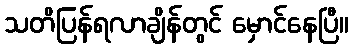
သတိပြန်ရလာချိန်တွင် မှောင်နေပြီ။